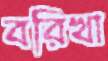
বরিখা